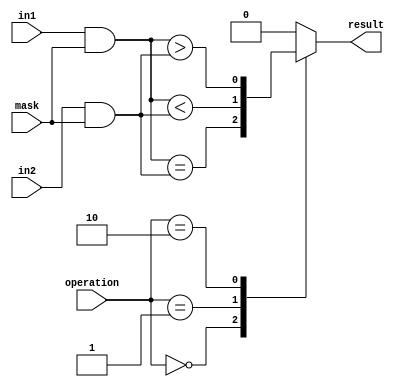
module masked_comparator (
    input [7:0] in1,
    input [7:0] in2,
    input [7:0] mask,
    input [1:0] operation,
    output result
);

reg [7:0] masked_in1;
reg [7:0] masked_in2;

// Apply mask to input values
always @* begin
    masked_in1 = in1 & mask;
    masked_in2 = in2 & mask;
end

// Perform arithmetic operation based on operation input
always @* begin
    case(operation)
        2'b00: result = (masked_in1 == masked_in2); // Equal
        2'b01: result = (masked_in1 < masked_in2); // Less than
        2'b10: result = (masked_in1 > masked_in2); // Greater than
        default: result = 1'b0; // Default case
    endcase
end

endmodule